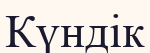
Күндік